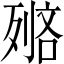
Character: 𠞺